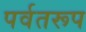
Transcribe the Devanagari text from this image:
पर्वतरूप